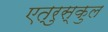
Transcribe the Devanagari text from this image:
एत्रुस्कुल